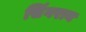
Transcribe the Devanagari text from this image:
सिंगराय